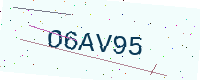
Text: O6AV95